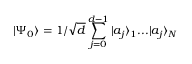
| \Psi _ { 0 } \rangle = 1 / \sqrt { d } \sum _ { j = 0 } ^ { d - 1 } | a _ { j } \rangle _ { 1 } . . . | a _ { j } \rangle _ { N }